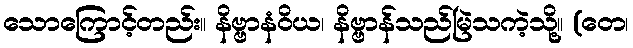
သောကြောင့်တည်း။ နိဗ္ဗာနံဝိယ၊ နိဗ္ဗာန်သည်မြဲသကဲ့သို့။ (တေ၊